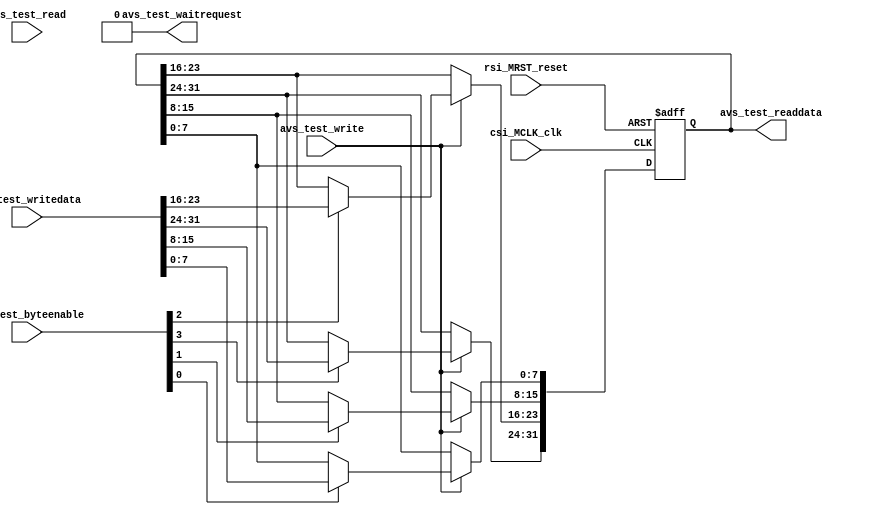
module test_RegRW32(
//Avalon System control signal.
input					rsi_MRST_reset,	// reset_n from MCU GPIO
input					csi_MCLK_clk,

//Avalon-MM Control.
input		[31:0]	avs_test_writedata,
output	[31:0]	avs_test_readdata,
input		[3:0]		avs_test_byteenable,
input					avs_test_write,
input					avs_test_read,
output				avs_test_waitrequest
);

reg		[31:0]	test_data = 0;

assign	avs_test_readdata = test_data;
assign	avs_test_waitrequest = 1'b0;

always@(posedge csi_MCLK_clk or posedge rsi_MRST_reset)
begin
	if(rsi_MRST_reset) test_data <= 0;
	else begin
		if(avs_test_write) begin
			if(avs_test_byteenable[3]) test_data[31:24] <= avs_test_writedata[31:24];
			if(avs_test_byteenable[2]) test_data[23:16] <= avs_test_writedata[23:16];
			if(avs_test_byteenable[1]) test_data[15:8] <= avs_test_writedata[15:8];
			if(avs_test_byteenable[0]) test_data[7:0] <= avs_test_writedata[7:0];
		end
	end
end

endmodule